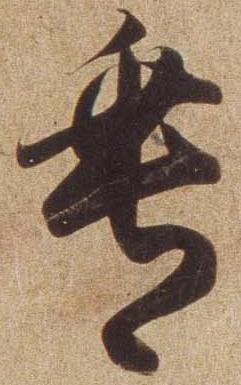
垂